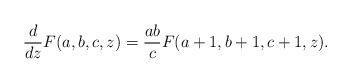
\begin{align*}\frac{d}{dz}F(a,b,c,z)=\frac{ab}{c}F(a+1,b+1,c+1,z).\end{align*}